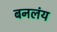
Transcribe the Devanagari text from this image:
बनलंय